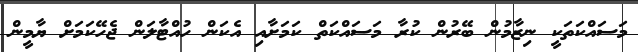
މަސައްކަތަކީ ނިޒާމުން ބޭރުން ކުރާ މަސައްކަތް ކަމަށާއި އެކަން ހުއްޓާލަން ޖެހޭކަމަށް ޔާމީން